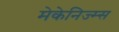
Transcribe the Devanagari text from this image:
मेकेनिज्म्स